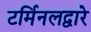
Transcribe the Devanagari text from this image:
टर्मिनलद्वारे